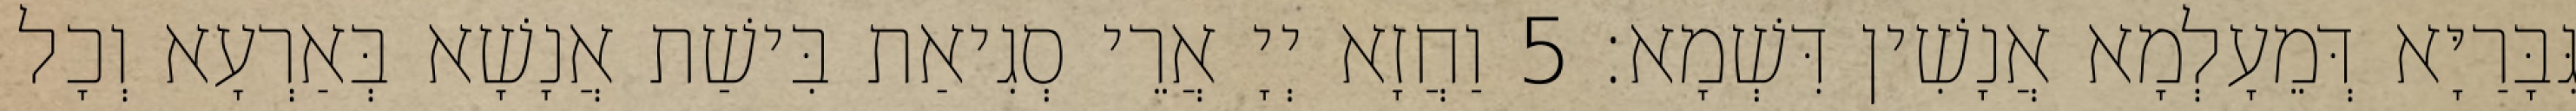
גִּבָּרַיָּא דְּמֵעָלְמָא אֲנָשִׁין דִּשְׁמָא׃ 5 וַחֲזָא יְיָ אֲרֵי סְגִיאַת בִּישַׁת אֲנָשָׁא בְּאַרְעָא וְכָל